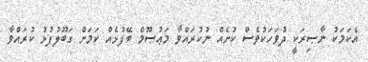
އެކަމަކު ނާޞިރަކީ ދުވަހަކުވެސް ކުށެއް ނުކުރައްވާ މަޢުޞޫމް ބޭފުޅެއް ކަމަށް ގަބޫލުފުޅު ކުރައްވާ